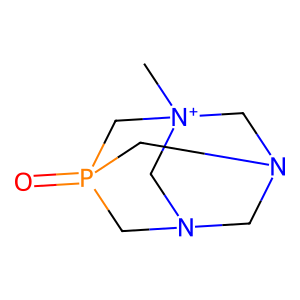
SMILES: C[N+]12CN3CN(C1)CP(=O)(C3)C2
Inhibits HIV replication: No